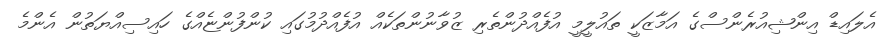
އެލައިޑް އިންޝިއުރެންސްގެ އަމާޒަކީ ތައުލީމީ އުފެއްދުންތެރި ޒުވާނުންތަކެއް އުފެއްދުމުގައި ކުންފުންޏެއްގެ ހައިސިއްޔަތުން އެންމެ